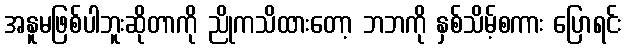
အနူမဖြစ်ပါဘူးဆိုတာကို ညိုကသိထားတော့ ဘဘကို နှစ်သိမ့်စကား ပြောရင်း